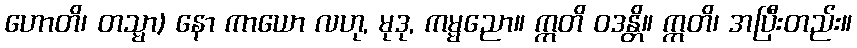
ဟောတိ၊ တသ္မာ) နော ကာယော လဟု, မုဒု, ကမ္မညော။ ဣတိ ဝဒန္တိ။ ဣတိ၊ အပြီးတည်း။